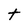
Character: t